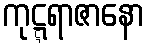
ကုဋ္ဋရာဇာနော